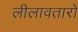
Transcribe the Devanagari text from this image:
लीलावतारों